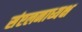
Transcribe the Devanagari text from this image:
संएलनाध्यक्ष